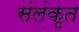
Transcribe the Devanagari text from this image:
संलंकृत